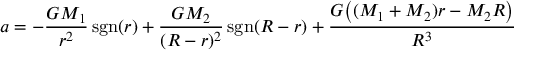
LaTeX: a = - { \frac { G M _ { 1 } } { r ^ { 2 } } } \operatorname { s g n } ( r ) + { \frac { G M _ { 2 } } { ( R - r ) ^ { 2 } } } \operatorname { s g n } ( R - r ) + { \frac { G { \bigl ( } ( M _ { 1 } + M _ { 2 } ) r - M _ { 2 } R { \bigr ) } } { R ^ { 3 } } }